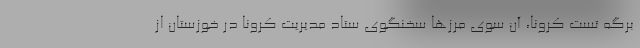
برگه تست کرونا، آن سوی مرزها سخنگوی ستاد مدیریت کرونا در خوزستان از